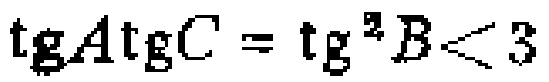
\(\text{tg}A\text{tg}C = \text{tg}^{2}B<3\)